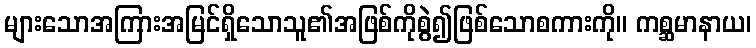
များသောအကြားအမြင်ရှိသောသူ၏အဖြစ်ကိုစွဲ၍ဖြစ်သောစကားကို။ ကစ္ဆမာနာယ၊